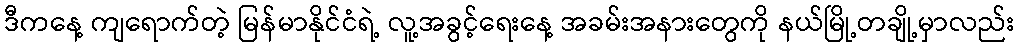
ဒီကနေ့ ကျရောက်တဲ့ မြန်မာနိုင်ငံရဲ့ လူ့အခွင့်ရေးနေ့ အခမ်းအနားတွေကို နယ်မြို့တချို့မှာလည်း